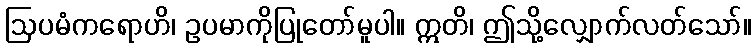
ဩပမံကရောဟိ၊ ဥပမာကိုပြုတော်မူပါ။ ဣတိ၊ ဤသို့လျှောက်လတ်သော်။